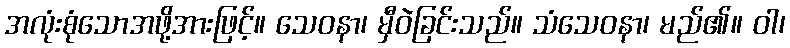
အလုံးစုံသောအဖို့အားဖြင့်။ သေဝနာ၊ မှီဝဲခြင်းသည်။ သံသေဝနာ၊ မည်၏။ ဝါ၊